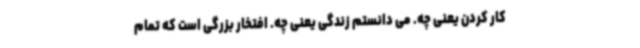
کار کردن یعنی چه. می دانستم زندگی یعنی چه. افتخار بزرگی است که تمام